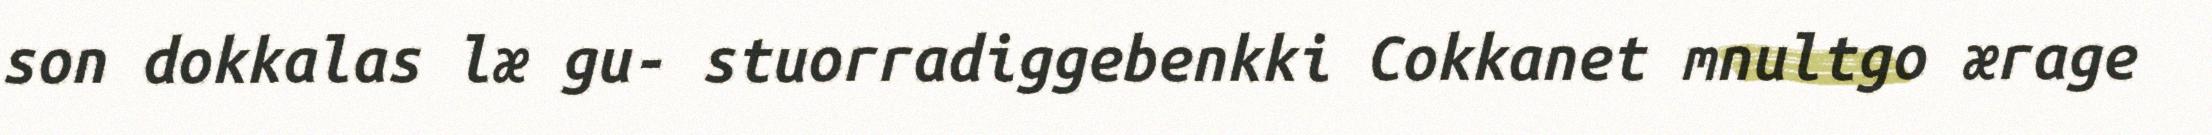
son dokkalas læ gu- stuorradiggebenkki Cokkanet mnultgo ærage